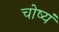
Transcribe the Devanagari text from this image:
चोष्यं